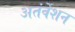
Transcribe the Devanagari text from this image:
अतंर्वेशन